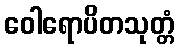
ဝေါရောပိတသုတ္တံ